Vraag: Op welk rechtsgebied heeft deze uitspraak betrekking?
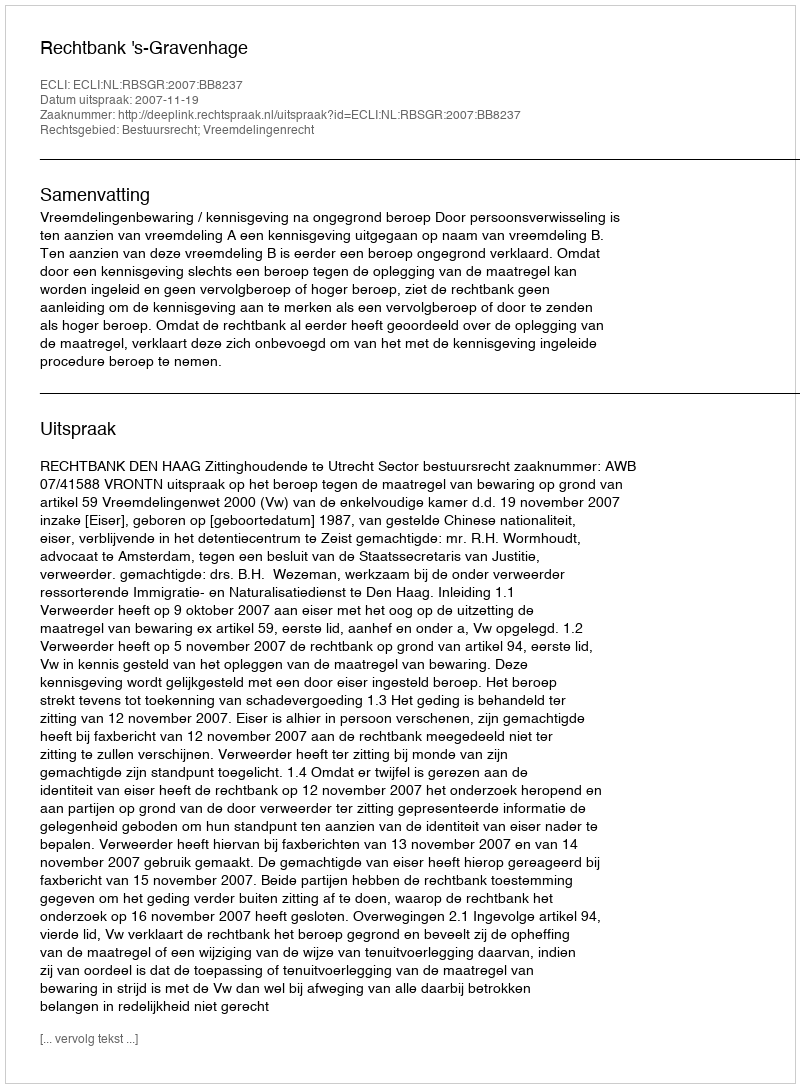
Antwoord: Bestuursrecht; Vreemdelingenrecht